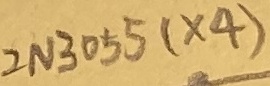
Text: 2N3055(×4)